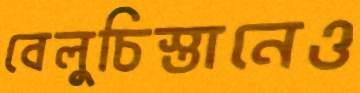
বেলুচিস্তানেও